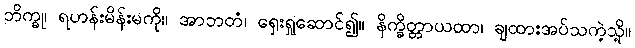
ဘိက္ခု၊ ရဟန်းမိန်းမကို။ အာဘတံ၊ ရှေးရှုဆောင်၍။ နိက္ခိတ္တာယထာ၊ ချထားအပ်သကဲ့သို့။